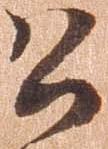
公